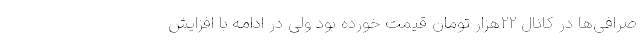
صرافی‌ها در کانال 22هزار تومان قیمت خورده بود ولی در ادامه با افزایش